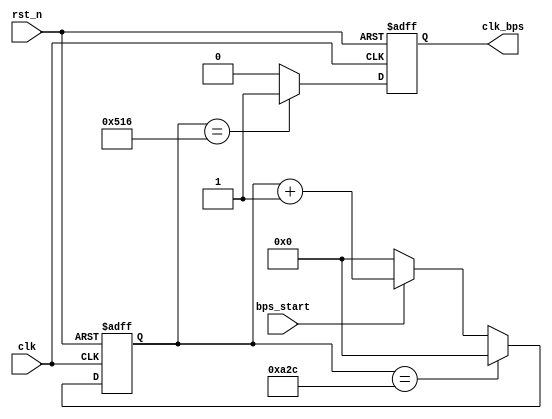
`timescale 1ns / 1ps
////////////////////////////////////////////////////////////////////////////////
// Company		: 
// Design Name	: 
// Module Name	: uart_speed_select
// Project Name	: sdrsvgaprj
// Target Device: Cyclone EP1C3T144C8 
// Tool versions: Quartus II 8.1
// Description	: 
//				
// Revision		: V1.0
// Additional Comments	:  
// 
////////////////////////////////////////////////////////////////////////////////
module uart_speed_select(
				clk,rst_n,
				bps_start,clk_bps
			);

input clk;			// 25MHz
input rst_n;		//
input bps_start;	//
output clk_bps;		//

/*
`define 	bps9600 		5207/2	//9600bps
`define	 	bps19200 		2603/2	//19200bps
`define		bps38400 		1301/2	//38400bps
`define		bps57600 		867/2	//57600bps
`define		bps115200		433/2	//115200bps

`define 	bps9600_2 		2603/2
`define		bps19200_2		1301/2
`define		bps38400_2		650/2
`define		bps57600_2		433/2
`define		bps115200_2		216/2 
*/

	//
`define		BPS_PARA		2604	//9600
`define 	BPS_PARA_2		1302		//9600

//----------------------------------------------------------
//----------------------------------------------------------
reg[12:0] cnt;			//
reg clk_bps_r;			//
reg[2:0] uart_ctrl;		// uart


always @ (posedge clk or negedge rst_n)
	if(!rst_n) cnt <= 13'd0;
	else if(cnt == `BPS_PARA) cnt <= 13'd0;	//
	else if(bps_start) cnt <= cnt+1'b1;		//
	else cnt <= 13'd0;		//

always @ (posedge clk or negedge rst_n)
	if(!rst_n) clk_bps_r <= 1'b0;
	else if(cnt == `BPS_PARA_2) clk_bps_r <= 1'b1;	// clk_bps_r
	else clk_bps_r <= 1'b0;

assign clk_bps = clk_bps_r;

endmodule